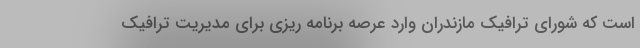
است که شورای ترافیک مازندران وارد عرصه برنامه ریزی برای مدیریت ترافیک